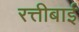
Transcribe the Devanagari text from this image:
रत्तीबाई